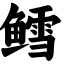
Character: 鳕